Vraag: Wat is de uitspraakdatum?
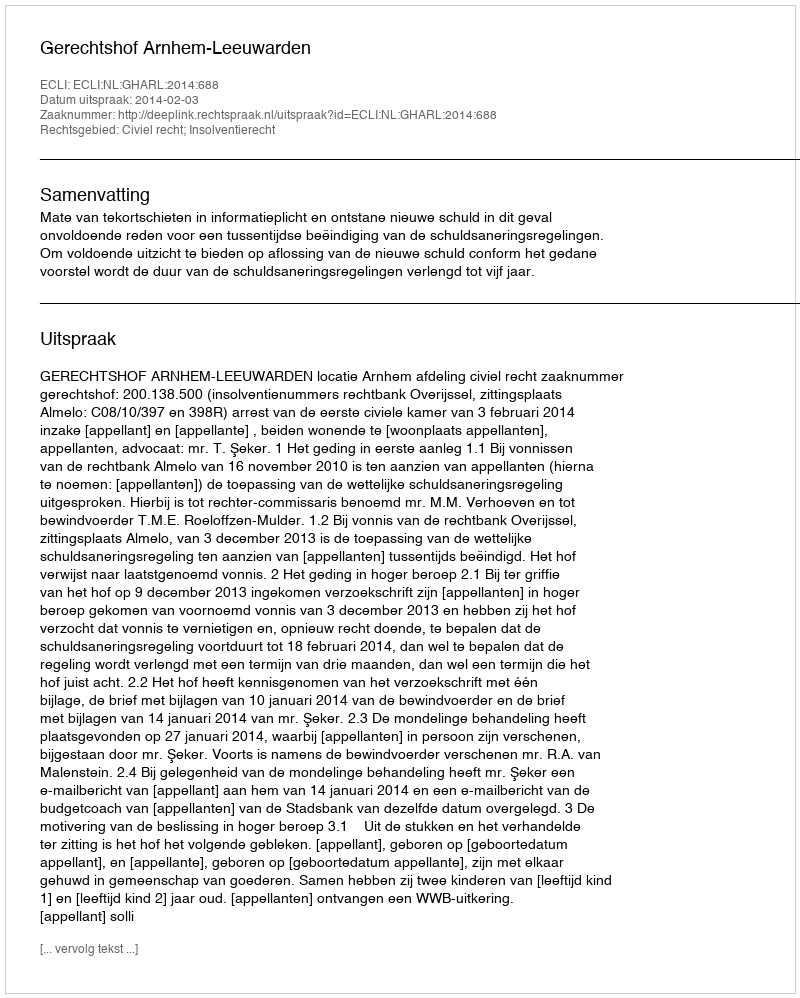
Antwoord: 2014-02-03